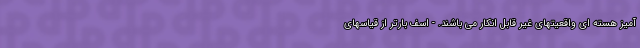
آمیز هسته ای واقعیتهای غیر قابل انکار می باشند. - اسف بارتر از قیاسهای